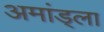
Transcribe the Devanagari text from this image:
अमांड्ला